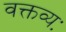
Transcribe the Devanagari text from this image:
वक्तव्यः